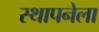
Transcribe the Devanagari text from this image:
स्‍थापनेला